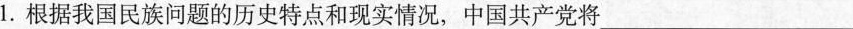
1.根据我国民族问题的历史特点和现实情况，中国共产党将__